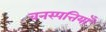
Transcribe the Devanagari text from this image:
वनस्पत्तियाँ